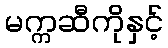
မက္ကဆီကိုနှင့်